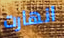
انهارت